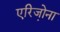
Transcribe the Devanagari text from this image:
एरिजो़ना